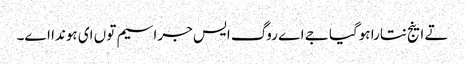
تے اینج نتارا ہوگیا جے اے روگ ایس جراسیم توں ای ہوندا اے۔